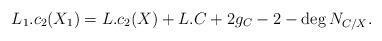
LaTeX: \begin{align*}L_1. c_2(X_1) = L.c_2(X) + L.C +2g_C-2-\deg N_{C/X}. \end{align*}